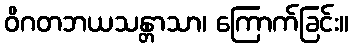
ဝိဂတဘယသန္တာသာ၊ ကြောက်ခြင်း။